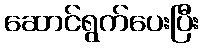
ဆောင်ရွက်ပေးပြီး